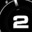
Digit: 2